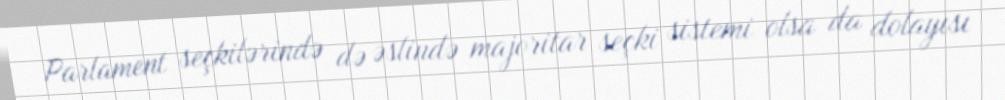
Parlament seçkilərində də əslində majoritar seçki sistemi olsa da dolayısı